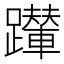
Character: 𨇍